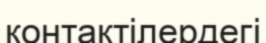
контактілердегі